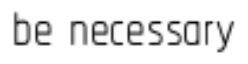
be necessary